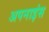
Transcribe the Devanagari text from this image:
अपनाइंस